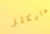
مايكلز